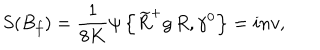
LaTeX: S ( B _ { f } ) = \frac { 1 } { 8 K } \psi \left\{ \widetilde { R } ^ { + } g \, R , \gamma ^ { 0 } \right\} = i n v ,